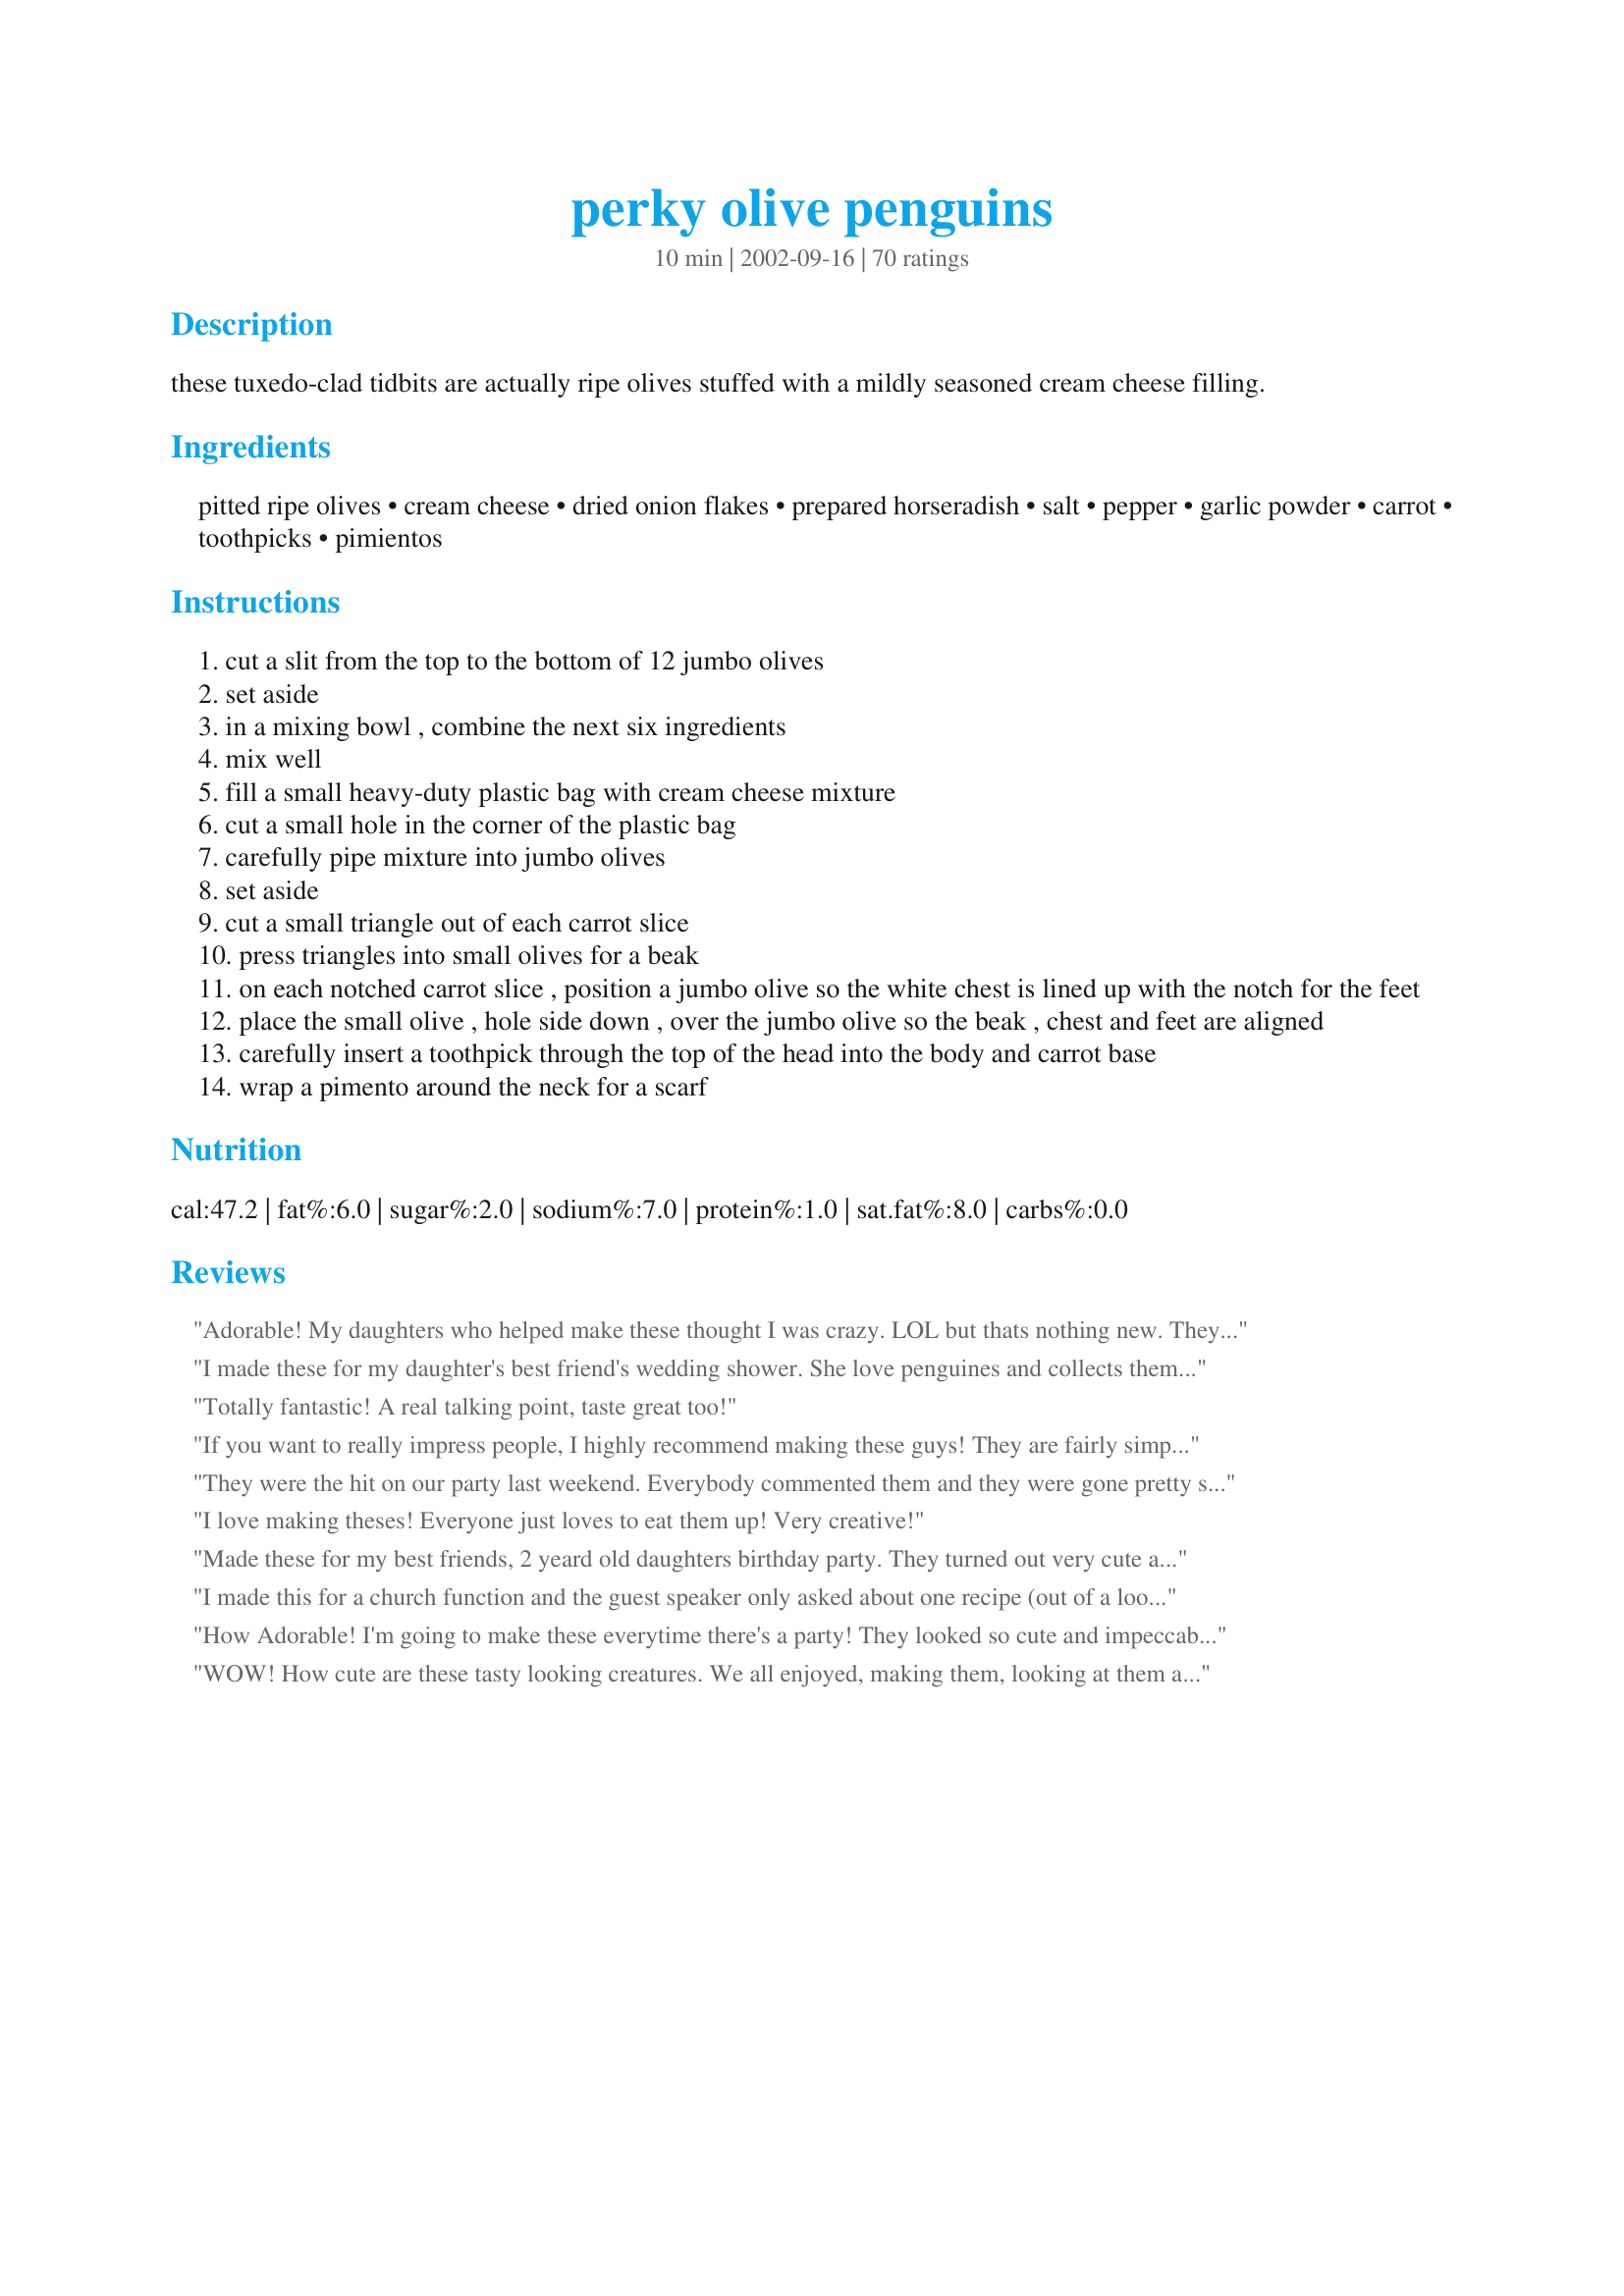
perky olive penguins
Preparation time: 10 minutes

these tuxedo-clad tidbits are actually ripe olives stuffed with a mildly seasoned cream cheese filling.

Ingredients:
pitted ripe olives, cream cheese, dried onion flakes, prepared horseradish, salt, pepper, garlic powder, carrot, toothpicks, pimientos

Steps:
cut a slit from the top to the bottom of 12 jumbo olives
set aside
in a mixing bowl , combine the next six ingredients
mix well
fill a small heavy-duty plastic bag with cream cheese mixture
cut a small hole in the corner of the plastic bag
carefully pipe mixture into jumbo olives
set aside
cut a small triangle out of each carrot slice
press triangles into small olives for a beak
on each notched carrot slice , position a jumbo olive so the white chest is lined up with the notch for the feet
place the small olive , hole side down , over the jumbo olive so the beak , chest and feet are aligned
carefully insert a toothpick through the top of the head into the body and carrot base
wrap a pimento around the neck for a scarf

Reviews:
Adorable! My daughters who helped make these thought I was crazy. LOL but thats nothing new. They were such a hit. I am making them again for my Valentines day open house at WildWays Studio. Thanks for a fun adult food!
I made these for my daughter's best friend's wedding shower. She love penguines and collects them. She was so thrilled and everyone else loved them too! Thank you for sharing the recipe and helping me add a special touch to her day. They are really fun to make too!
Totally fantastic! A real talking point, taste great too!
If you want to really impress people, I highly recommend making these guys! They are fairly simple to assemble, and are just adorable! They taste great too! I made these for a Christmas Eve party and they were definitely the centerpiece of the table! Thanks!
They were the hit on our party last weekend. Everybody commented them and they were gone pretty soon. We used plain cream cheese with horseradish as a filling at it tasted really good. Thanks for sharing this great recipe!
I love making theses! Everyone just loves to eat them up! Very creative!
Made these for my best friends, 2 yeard old daughters birthday party. They turned out very cute and while the kids liked them the adults raved about them!
I used 8 ounces chream cheese, 1 tsp worchestershire sauce, 1/2 tsp onion powder anf 1/4 tsp dill weed.
Left out the pimento scarves.

They were very good and very cute!
I made this for a church function and the guest speaker only asked about one recipe (out of a looong table of food), "Who made those adorable and delicious tiny penguins?" Everyone asked about them and it gave me the perfect opportunity to spread the news about Zaar!
How Adorable! I'm going to make these everytime there's a party! They looked so cute and impeccable in their little scarves! Thanks for the recipe, GlueStick!

p.s.-Like The NicName...:)
WOW! How cute are these tasty looking creatures. We all enjoyed, making them, looking at them and eating them. We used red capsicum for the beak and skipped the pimento around the neck for a scarf. Thanks for a wonderful recipe IAteMyGluestick
I made these for Christmas Day, specifically for my mom, who is a penguin fanatic. She loved them, and so did everyone else! :o) Instead of the cream cheese mixture, I used onion and chive cream cheese. I also omitted the pimentos for the scarves. They were a bit putzy to put together, but they were so adorable all standing on the plate next to the cheese log . . . :o) Thanks!
Yep, for the comments alone I give you 10 stars! I could only find the small canned black olives so it was very hands on time consuming but the end result was very well worth every minute! I used Philadelphia light chive cheese for ease and they took pictures and commented the whole time saying "here goes another Happy Feet down the hatch"!! I think this will find its way onto alot of Belgian appetizer platters!!
These were fun! I let the kids help me so some of the penguins are a little messy. I want to confess to cheating I bought and already made whipped cream cheese. This cream cheese is too soft and I ended up adding 4 oz of regular cream cheese to stiffen it up. Thanks for sharing these little cuties
What a creep I am, posted a pic but never reveiwed! :) These were so much fun, had a bit of a time with the heads though (they had seeds in em, dang grocery store had no seedless) but they turned out alright! Tasted awesome too. They were the hit on Christmas Day and Boxing Day. When they were unveiled I actually heard "awwwww"! Great creative, fun recipe thx!
I made these yesterday for our New Years Eve party. I happened to stumble upon the recipe while searching for appetizers to make. It was perfect because we had a "Black and White" theme party. I only made 12 that the recipe called for because they were a little time consuming. It took me about 45 minutes. Then I just filled the rest of the large black olives with the cream cheese mixture and placed them around the penguins. Everyone loved them...but no one really ate them because they looked more like a decoration. They were really cute! Thanks for the recipe.
My daughter & I made this for Christmas dinner. They were fun & time consuming but worth it! They tasted yummy. Thanks!
Just made these for our annual family reunion. I'm from Ky and most of my family are not very adventurous eaters, so I had some doubts if anyone would even try these little guys since they were made with black olives, but they were a hit. A little time consuming but very easy to make. Like another reviewer I made a small slit in the top olive which made attaching the beak easier. I also made an "igloo" using a cheddar cheese ball iced with cream cheese. To make the ice blocks on the igloo I simply took a toothpick through the cream cheese. For the entrace I cut chunks of cream cheese and stacked them up. It was a very impressive dish. My brother's company has a appetizer contest ever year, he can't wait to enter this recipe. It's a sure fire winner!
These little guys are adorable! I cheated and used flavored cream cheese, and I also skipped the pimento scarves. Everyone at work loved them and said that they felt bad eating them because they're so cute!!
I took these to my sister-in-law's baby shower and they were a huge hit. They are not hard to make and everyone is super impressed, perfect!
I made these cute penguins for a party last night, and they were the hot topic. I thought the kids were going to go nuts over them but the adults were just as enthusiastic. They were so fun to make; I felt as though I were doing an arts and crafts ptoject.

Last night I made them with Tofutti (soy cream cheese) b/c I'm vegan. No one could tell the difference especially with all the seasoning mixed in.

For my husband's office Christmas party this week, which will be a Mexican food theme, I have big plans to stuff them with chipotle Tofutti, guacamole, and the regular mixture. This will give the effect of festive Christmas colors while keeping with the Mexican theme! I will be arranging them around that awesome Chistmas tree vege platter that Rita L has submitted.
These are so cute and very good when made the day before. the cheese has time to absorb all the flavors. great to decorate around the cranberry feta rolls. I placed kosher salt on a tray (snow) covered it with saran wrap, placed the feta rolls shaped as an igloo and placed the penguins all around ...so cute
these were great my family loved these!!!!!!!!!!!!!!!! they were the cutest things ever will be making these again for a get togather
I took this to a Red Hat meeting, and everyone loved them. Easy, and I didn't bother with the spices -- just used the cream cheese straight from the box.
I made these little guys for my birthday party and they were such a hit. My friends didn't want to eat them because they all agreed that they were just too cute to eat.
Fantastic! My husband loves olives, so I thought I'd surprise him with an army of penguins marching out of the fridge! I too used strips of roasted red peppers as scarves - and added a red pepper with a small dollop of cream cheese on the top to make a santa hat. Very novel appetizer!
These have got to be the most adorable thing I have ever seen! It was so much fun putting these together and seeing them "come to life". People didn't even know that they were food! But the filling was delicious!
Made these for our family Christmas! They were very easy to make. My 3 year old had a blast helping me assemble them. I used onion and chive cream cheese spread, horseradish, and dill weed. The few we tried early were very good, and my 3 year old loved them.
These lil' guys are just too cute! It's a good "time occupier" for little ones too! They taste great too, but it seems a shame to eat them down so quickly when they seem so labor intensive. They make a great addition to a little holiday party snack buffet line. Thanks IAteMyGluestick for a fun recipe for holiday party times.
Super Cute! AND SUPER EASY!! Everyone kept telling me that I must have too much time on my hands, but really these only took me about a 1/2 an hour to make...ENJOY!
These were a huge hit. I used flavoured prepackaged cream cheese for the filling and just let it come to room temperature before piping it into the olives. These were a little bit of work but well worth it. Even the adults in the group loved the look of these. Thanks for such a fun and tasty recipe.
As I found these I new that they will be on my table as well.<br/>Thanks a lot, they come out very cute!
Excellent filling even if you don't make penguins! We just stuffed the olives and ate them!
These were a bit time consuming but totally worth it for how adorable they came out. They were tasty, too, once people got over the "too cute to eat" though process!
I was so tickled by these!! They were so cute! I didn't use the pimento 'scarves' as mine weren't long enough, but still cute! 
They were a little time consuming...especially for a clumsy, lazy, impatient person...but the time was really worth it! 
I doubled the recipe and used the left over cream cheese mixture to stuff celery...so good!
These olives are always a hit. I arrange them around an olive tree as a centerpiece in a holiday buffet table. The tree is a green styrofoam cone stuffed with fresh rosemary, black/green olives, and chedder cheese stars (cut out with a small star cookie cutter).
My DH's family party was this weekend and these were the talk of the party! These are actually easier to put together than I expected. I would suggest following the other reviewers inst. and make an incision for the beak area, and use the red bellpepper for the scarf. THESE ARE SO ADORABLE. Thanks!
I made this for an art festival at church last night (we were supposed to bring "pretty" food) and they were a hit! I really like the mild seasoning in the cream cheese; I could even stand to add a hint more horseradish for an extra bite. I must admit, I found these a wee bit finicky...I kept breaking their heads when trying to put on the beaks; I had to cut a point on the back of the beak to get it to press in without smushing the whole olive. But the result was wonderful!
These were just the cutest things! They are a little time consuming, so I would not tackle making many more than the twelve. Besides, they are so cute folks are hesitant to eat them and they don't get eaten quickly (at least not at my party) Don't get me wrong, they are really tasty! I used a pairing knife to make a little cut in the small olive for the beak. I also shaved a little extra carrot off the part of the carrot that gets inserted for the beak to make it easier to insert. I also used very thinly cut strips of roasted red pepper as the scarf. These strips were longer than pimentos and therefore easier to work with.
I made these little guys for our family Christmas gathering last year. I surrounded an army of them around a bowl that held the leftover cream cheese filling (which was great on crackers all by itself). My family has not stopped talking about them all year and they have been requested to make at this years event; only this time I have to make more. Thanks for such a cute idea.
I also made these this Christmas but minus the horseradish and they were defiantely a huge hit!!! The kids and adults loved them, and how creative did I look!! I didn't think they were hard to make at all. Tasty too!
I made this for our family XMAS dinner this year. Everyone went gaga over these little guys. My sister in laws mother is very picky and this was my first time meeting her. She was impressed that I had take "so much time" to make something for the family. Little does she know, in 10 minutes, they were done! Thanks for sharing!
I have made these for several years and everyone loves them. They can also be filled with one of the flavored cream cheeses available, saving you some time. I like either the garden vegetable flavor or the chive. However you make them, they're fun and easy to do and are sure to be the hit of your holiday party.
Made these for my daughters 18th birthday party. The kids loved them! I will be using them to decorate my cheese platter for New Years Eve. So CUTE!
These were time consuming and a big hit with everyone. So, it was worth it!
I've made these several times but just now realized I hadn't reviewed the recipe. These are a HUGE success every time. Guests can't stop talking about them. They are a great way to loosen up the crowd and get everyone talking. Thanks for posting!
What a delight to find this recipe. These weren't as difficult to make as I thought they would be. I took them to an Oscar party and won a prize for most creative. We had to make an appetizer to match a movie that was nominated so I chose the "March of the Penguins" The cream cheese mixture had a nice flavour, nothing over powering. It complimented the olives very well. Thank you so much for posting.
My aunt made these for Christmas and they not only look impressive but taste good as well.
This is a awesome party gift. Thank You for the idea. I'm going to use it this weekend for a friends BDay Party!!!
You're right! What a hit. Delicious too with just the right amount of horseradish. Even the kids were eating these. They were fun to make and I plan on serving them at the next party we have.
These were a huge hit at Christmas. Yes, time consuming to make but so adorable! Will be great for cocktail parties and kids parties alike.
Original review--Just b/c I never have time, I made these with store bought flavored cheese (ex, alloutte w/ garlic and herbs). They really aren't too hard to make and always get stellar reviews for cuteness. I can't comment on the taste b/c I dont' like olives, but there are never any left.
Updated--i've made these so many times now, both with the listed filling, or a variety of bought cream cheeses, and they are always a HUGE hit. Well worth the effort to make them. I never bother with the pimento part, and no one misses it.
Made these for Christmas Eve '06.
I did not realize how labor intensive they were to make (I'm not artistic in shape or form)but they were worth the effort. I got my oldest son to help me the assembly and he breezed through it. Adults & kids alike were oohing & aahing all night long. Thanks for a cute recipe!
So cute&yummy! I made these to surround the Olive Christmas Tree (found on Zaar), and everyone adored them! They are super easy to put together, especially when you flake out and use the garlic&chive cream cheese already made ;]
Made them with olive dip ( recipe # 52903 )for Christmas snacks. DH lvoes penguins and was thrilled. Mom thought they were too cute to eat. Tasted pretty good, too! Thanks for a fun finish to my Holday menu.
I made these Boxing day to take to 3 different open houses. Used herb and garlic cream cheese. I used a knife to fill the olive (as I just read the piping thing now) I made over 3 dozen of these and it only took me 1/2 hour because I assembly lined them, first feet with a toothpick, then stuffed olives slid down on the carrot, then beaks (this took the longest) on top of bodies. Really cute and a huge hit with everyone!! Even got my picture taken holding the plate of them. I'm a star.

these are so tasty and almost too cute to eat! great for yule party finger food!

random idea for a different flavour/colour, you could do these with green olives and/or colour the cream cheese and name them a different bird
OMG!! I cannot wait to make these for Christmas!! My whole family loves black olives. You'd be forgiven if you forgot the turkey or ham, but not the olives. We go through cans and cans, buy 'em in bulk. I've read all the reviews and think they will be pretty easy. I saw where they can be made the day before and that will be great. I've already got my assembly line worked out in my head. Thanks to all for the other tips that were thrown out. This is going to be great!!

Edit: Made these for our Christmas dinner and everyone loved them. I waffled between a 4 & a 5 as they were way more work than I anticipated. Good thing they're seasonal, but then again, how am I going to get better if I don't make them more often? Maybe next time I'll enlist the help of some family? All in all, lots of fun and very well received. Thanks for sharing.
I made these for my sister's Oscar party and they went over so well! I changed the filling--I mixed blue cheese with cream cheese and garlic powder. I used the leftover filling to make a little igloo for presentation and it was great on crackers. Everyone commented that these were the cutest things they'd ever seen, and they were so easy to put together! Great idea.
I've made these a few times and they are always a big hit with guests! I used a little dry ranch dressing mix, that I added to the cream cheese instead of the onion and horseradish. These are so much fun to make and eat! I added my photo to the collection! =)
Made these for Christmas dinner for my DH and girls. They loved the little figures and it made dinner very special! Thanks!
I thought the flavor and idea of these was wonderful. I wouldnt recommend making more than 20 of them if your short on time they can be quite time consuming. but over all fantastic little treats!
I made these using green olives so that they would be owls for a friends baby shower. They went over very well. Thanks.
These were so cute and tasty! They made my cheese ball tray look too cute! Everybody commented on them! Thank you so much Glue stick eater! ;)
Thank you, thank you for this! i am now a culinary star!!!!! Rve reviews for looks and tasts of these - I will make them over and over (3 times already) - I made them assembly line so they didn't take up too much time but quickly dispensed with the scarves - way too fiddly even for me!
These are so cute!! You made people think I was creative! Ha! I have made these a couple of times. The first time, I followed the recipe. The second time, I made a couple adjustments to suit my own tastes. I increased the pepper & garlic powder to 1/8 teaspoon each & added 1/8 teaspoon of cayenne. I think these taste better if you use olives from a jar instead of a can. Kalamata olives are very nice. Thank you very much for such a cute & yummy recipe. They are almost too cute to eat - ALMOST! :)
My boyfriend absolutely loves penguins and this dish was a delightful suprise for him :) I substituted goat cheese instead of cream cheese and left out the "scarf" part, and they were simply delicious!!!! And so very cute. Another note -- tiny slices of yellow pepper work great as the beaks and make them look more realistic.
Fabulous recipe. I set my 18 year old daughter to sit and make these Christmas morning. It was alittle time consuming but the effect was so worth it. They looked soooo precious and tasted delicious. She used multi-colored parasol toothpicks and the penguins were the hit of the party.
I made this for a Christmas Eve appetizer, and they were a big hit. My Grandfather has a penguin collection, and he thought they were adorable. Almost too cute to eat, and very easy to assemble. Thanks so much for this wonderful idea!
I added this recipe to my cookbook months ago thinking it would be perfect for Christmas dinner with family... I forgot about it until Christmas Eve, and had just enough time to get to the store and make these little darlings before dinner. I took another reviewer's advice and stuffed them with flavored phily cream cheese. It really cut down my prep time, and I didn't think I would ever use horseradish again, so it was a win/win. I wish I hadn't used baby carrots, because they were really too small to support the bodies well, but I had them on hand and wanted to use them up. I giggled the whole time I made them, even when they fell over. They looked like they'd gotten into some eggnog and couldn't stand up straight. They were a big hit, even though most of my family doesnt' like olives. Most of my family members took one just to look at while they ate because they were so adorable. I can't wait until next year so I can take them to a school luncheon ;)
These came out so cute that everyone said they felt bad eating them. To speed up and ease prep time I used flavored onion/chive cream cheese instead of taking the time to mix filling ingredients. I also cut very thin strips of roasted red pepper to ad little scarves. Tip= allow cream cheese to become very soft before piping, it will be cleaner and easier but once filled, refridgerate filled olives prior to assemble to firm up cream cheese. This will make assembly much easier. Pat roasted pepper strips dry w/ paper towel for easier handling.
